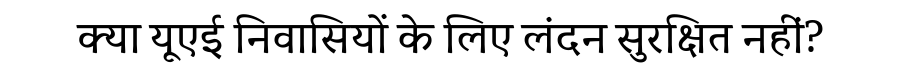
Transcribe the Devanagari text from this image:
क्या यूएई निवासियों के लिए लंदन सुरक्षित नहीं?